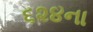
૬૨૪ના